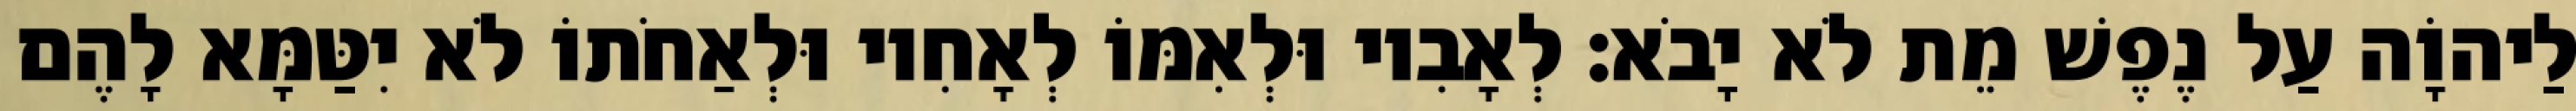
לַיהוָֹה עַל נֶפֶשׁ מֵת לֹא יָבֹא׃ לְאָבִיו וּלְאִמּוֹ לְאָחִיו וּלְאַחֹתוֹ לֹא יִטַּמָּא לָהֶם